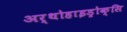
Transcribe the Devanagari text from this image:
अर्थोहाइड्रोक्सि